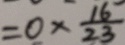
= 0 \times \frac { 1 6 } { 2 3 }